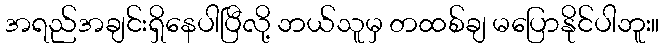
အရည်အချင်းရှိနေပါပြီလို့ ဘယ်သူမှ တထစ်ချ မပြောနိုင်ပါဘူး။